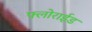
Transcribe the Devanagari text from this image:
फ्लोराईड